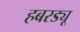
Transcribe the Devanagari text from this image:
हबरड्यू